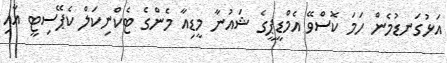
އަޅުގަނޑުމެން ހަމަ ކޮސްވޭ އެމްޑީޕީގެ ޝައުނާ މީޑިއާ މެންގެ ޓެކްނިކަލް ކެޕޭސިޓީ އާއި